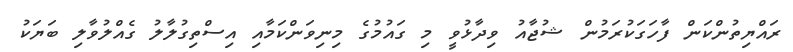
ރައްޔިތުންކަން ފާހަގަކުރަމުން ޝުޖާއު ވިދާޅުވީ މި ގައުމުގެ މިނިވަންކަމާއި އިސްތިގުލާލު ގެއްލުވާލި ބަޔަކު